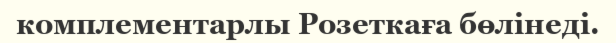
комплементарлы Розеткаға бөлінеді.